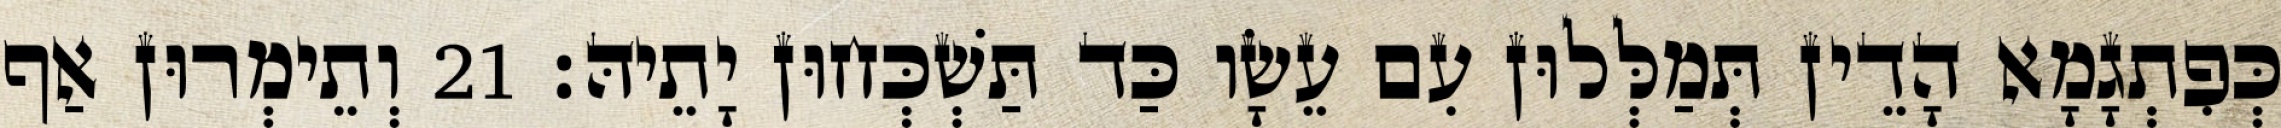
כְּפִתְגָמָא הָדֵין תְּמַלְּלוּן עִם עֵשָׂו כַּד תַּשְׁכְּחוּן יָתֵיהּ׃ 21 וְתֵימְרוּן אַף